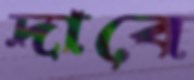
দাবে